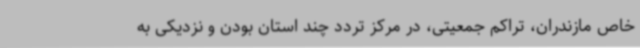
خاص مازندران، تراکم جمعیتی، در مرکز تردد چند استان بودن و نزدیکی به